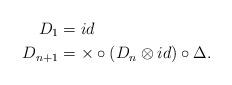
LaTeX: \begin{align*} D_{1} &=id \\D_{n+1} &= \times \circ (D_n \otimes id) \circ \Delta.\end{align*}